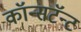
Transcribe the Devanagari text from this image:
कॉन्सटॅन्ट